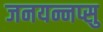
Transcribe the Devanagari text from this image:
जनयन्नप्सु